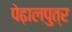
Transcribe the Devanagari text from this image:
पेढ़ालपुत्र